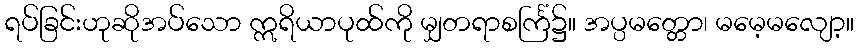
ရပ်ခြင်းဟုဆိုအပ်သော ဣရိယာပုထ်ကို မျှတရာစင်္ကြံ၌။ အပ္ပမတ္တော၊ မမေ့မလျော့။